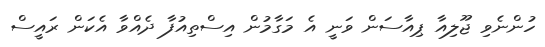
ހުންނެވި ޖޫލިއާ ޕިއާސަން ވަނީ އެ މަގާމުން އިސްތިއުފާ ދެއްވާ އެކަން ރައީސް